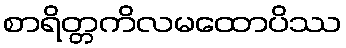
စာရိတ္တကိလမထောပိဿ